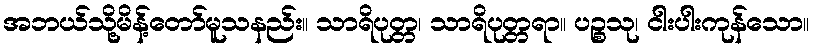
အဘယ်သို့မိန့်တော်မူသနည်း။ သာရိပုတ္တ၊ သာရိပုတ္တရာ။ ပဉ္စသု၊ ငါးပါးကုန်သော။